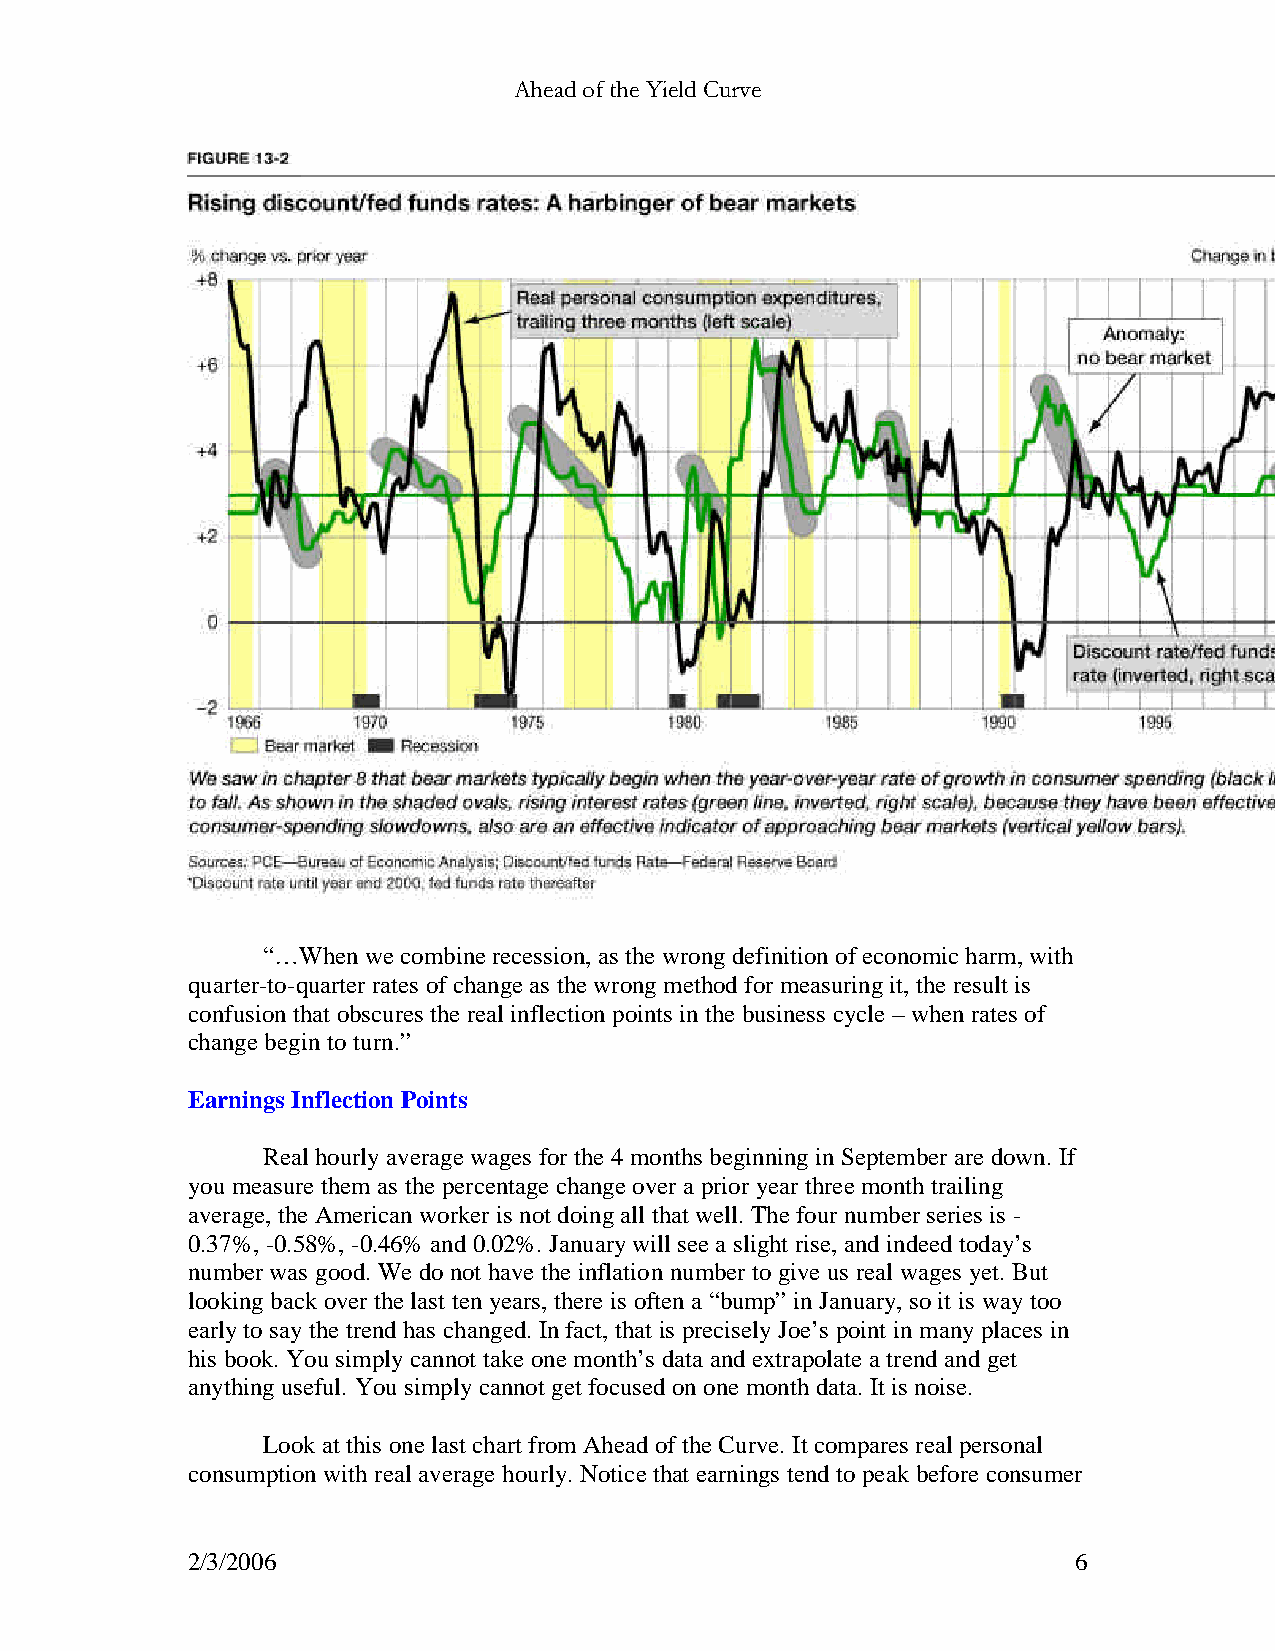
Ahead of the Yield Curve
 “…When we combine recession, as the wrong definition of economic harm, with
 quarter-to-quarter rates of change as the wrong method for measuring it, the result is
 confusion that obscures the real inflection points in the business cycle – when rates of
 change begin to turn.”
 Earnings Inflection Points
 Real hourly average wages for the 4 months beginning in September are down. If
 you measure them as the percentage change over a prior year three month trailing
 average, the American worker is not doing all that well. The four number series is -
 0.37%, -0.58%, -0.46% and 0.02%. January will see a slight rise, and indeed today’s
 number was good. We do not have the inflation number to give us real wages yet. But
 looking back over the last ten years, there is often a “bump” in January, so it is way too
 early to say the trend has changed. In fact, that is precisely Joe’s point in many places in
 his book. You simply cannot take one month’s data and extrapolate a trend and get
 anything useful. You simply cannot get focused on one month data. It is noise.
 Look at this one last chart from Ahead of the Curve. It compares real personal
 consumption with real average hourly. Notice that earnings tend to peak before consumer
 2/3/2006                                                   6